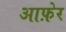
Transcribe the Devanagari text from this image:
आफ़ेर